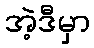
အဲ့ဒီမှာ